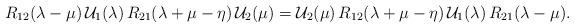
LaTeX: \begin{align*}R_{12}(\lambda -\mu )\,\mathcal{U}_{1}(\lambda )\,R_{21}(\lambda +\mu -\eta)\,\mathcal{U}_{2}(\mu )=\mathcal{U}_{2}(\mu )\,R_{12}(\lambda +\mu -\eta )\,\mathcal{U}_{1}(\lambda )\,R_{21}(\lambda -\mu ). \end{align*}